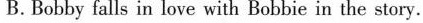
B.Bobby falls in love with Bobbie in the stery.